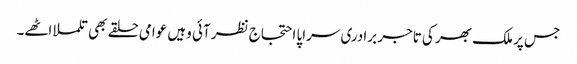
جس پر ملک بھر کی تاجر برادری سراپا احتجاج نظر آئی وہیں عوامی حلقے بھی تلملا اٹھے۔